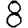
Digit: 8